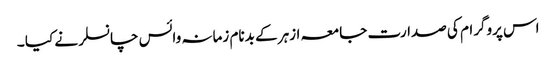
اس پروگرام کی صدارت جامعہ ازہر کے بدنام زمانہ وائس چانسلر نے کیا ۔